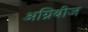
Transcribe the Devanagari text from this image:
अग्निबीज